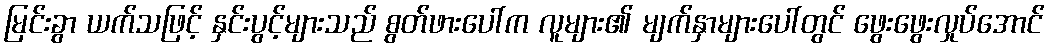
မြင်းခွာ ယက်သဖြင့် နှင်းပွင့်များသည် စွတ်ဖားပေါ်က လူများ၏ မျက်နှာများပေါ်တွင် ဖွေးဖွေးလှုပ်အောင်